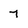
Character: 7